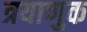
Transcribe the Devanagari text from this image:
त्रयाणुक